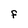
Character: F